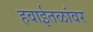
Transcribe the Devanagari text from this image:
हवाईतळांवर